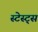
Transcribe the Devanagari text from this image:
स्टेस्ट्स